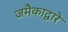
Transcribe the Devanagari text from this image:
जमैकाद्वारे